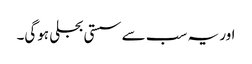
اور یہ سب سے سستی بجلی ہوگی۔